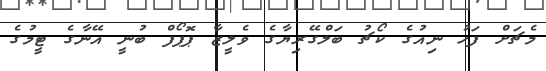
މެޗަށް ފަހު ނިއުގެ ކޯޗު ބަލްގޭރިޔާގެ ވެލީޒާ ޕޮޕޯފް ބުނީ އޭނާގެ ޓީމުގެ